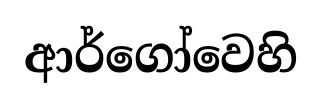
ආර්ගෝවෙහි